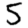
Digit: 5